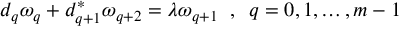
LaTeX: d _ { q } \omega _ { q } + d _ { q + 1 } ^ { * } \omega _ { q + 2 } = \lambda \omega _ { q + 1 } \; \; , \; \; q = 0 , 1 , \dots , m - 1